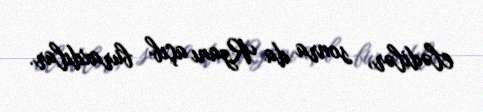
elədilər, sonra da Rzanı açıb buraxdılar.